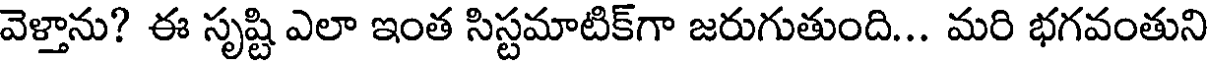
వెళ్తాను? ఈ సృష్టి ఎలా ఇంత సిస్టమాటిక్గా జరుగుతుంది... మరి భగవంతుని